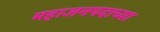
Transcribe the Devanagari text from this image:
महाजनपदाच्या